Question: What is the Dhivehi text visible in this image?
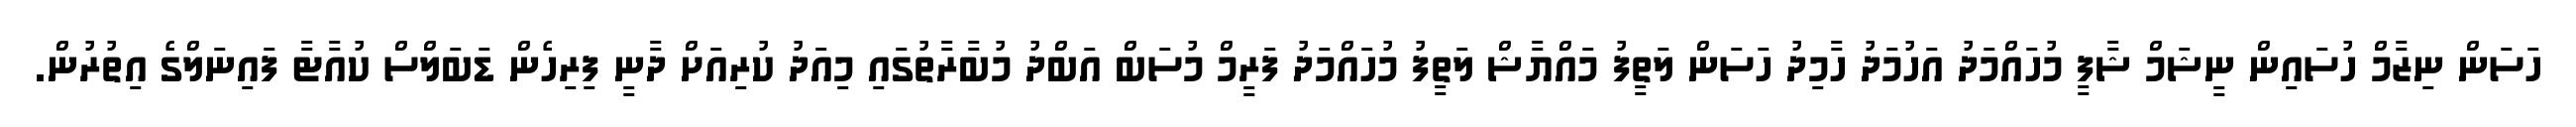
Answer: ހަސަން ނިޒާމް ހުސައިން ނީޝަމް ޝާފީ މުހައްމަދު އަހުމަދު ހާމިދު ހަސަން ލަތީފު މައްޔާޝް ލަތީފު މުހައްމަދު ފަރީމް މުސަބް އަބްދު މުބާރާތުގައި މިއަދު ކުރިއަށް ދާނީ ފިރިހެން ޑަބަލްސް ކުއާޓާ ފައިނަލްގެ އިތުރުން.